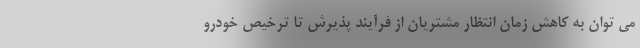
می توان به کاهش زمان انتظار مشتریان از فرآیند پذیرش تا ترخیص خودرو